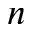
n